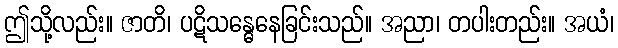
ဤသို့လည်း။ ဇာတိ၊ ပဋိသန္ဓေနေခြင်းသည်။ အညာ၊ တပါးတည်း။ အယံ၊